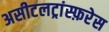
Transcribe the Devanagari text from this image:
असीटलट्रांस्फ़रेस